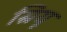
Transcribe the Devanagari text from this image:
स्रियू